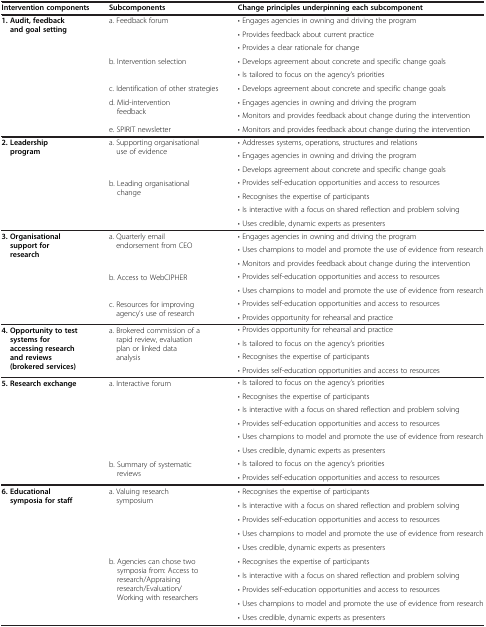
<table><thead><tr><td><b>Intervention components</b></td><td><b>Subcomponents</b></td><td><b>Change principles underpinning each subcomponent</b></td></tr></thead><tbody><tr><td rowspan="9"><b>1. Audit, feedback and goal setting</b></td><td rowspan="3">a. Feedback forum</td><td>• Engages agencies in owning and driving the program</td></tr><tr><td>• Provides feedback about current practice</td></tr><tr><td>• Provides a clear rationale for change</td></tr><tr><td rowspan="2">b. Intervention selection</td><td>• Develops agreement about concrete and specific change goals</td></tr><tr><td>• Is tailored to focus on the agency’s priorities</td></tr><tr><td>c. Identification of other strategies</td><td>• Develops agreement about concrete and specific change goals</td></tr><tr><td rowspan="2">d. Mid-intervention feedback</td><td>• Engages agencies in owning and driving the program</td></tr><tr><td>• Monitors and provides feedback about change during the intervention</td></tr><tr><td>e. SPIRIT newsletter</td><td>• Monitors and provides feedback about change during the intervention</td></tr><tr><td rowspan="7"><b>2. Leadership program</b></td><td rowspan="3">a. Supporting organisational use of evidence</td><td>• Addresses systems, operations, structures and relations</td></tr><tr><td>• Engages agencies in owning and driving the program</td></tr><tr><td>• Develops agreement about concrete and specific change goals</td></tr><tr><td rowspan="4">b. Leading organisational change</td><td>• Provides self-education opportunities and access to resources</td></tr><tr><td>• Recognises the expertise of participants</td></tr><tr><td>• Is interactive with a focus on shared reflection and problem solving</td></tr><tr><td>• Uses credible, dynamic experts as presenters</td></tr><tr><td rowspan="7"><b>3. Organisational support for research</b></td><td rowspan="3">a. Quarterly email endorsement from CEO</td><td>• Engages agencies in owning and driving the program</td></tr><tr><td>• Uses champions to model and promote the use of evidence from research</td></tr><tr><td>• Monitors and provides feedback about change during the intervention</td></tr><tr><td rowspan="2">b. Access to WebCIPHER</td><td>• Provides self-education opportunities and access to resources</td></tr><tr><td>• Uses champions to model and promote the use of evidence from research</td></tr><tr><td rowspan="2">c. Resources for improving agency’s use of research</td><td>• Provides self-education opportunities and access to resources</td></tr><tr><td>• Provides opportunity for rehearsal and practice</td></tr><tr><td rowspan="4"><b>4. Opportunity to test systems for accessing research and reviews (brokered services)</b></td><td rowspan="4">a. Brokered commission of a rapid review, evaluation plan or linked data analysis</td><td>• Provides opportunity for rehearsal and practice</td></tr><tr><td>• Is tailored to focus on the agency’s priorities</td></tr><tr><td>• Recognises the expertise of participants</td></tr><tr><td>• Provides self-education opportunities and access to resources</td></tr><tr><td rowspan="8"><b>5. Research exchange</b></td><td rowspan="6">a. Interactive forum</td><td>• Is tailored to focus on the agency’s priorities</td></tr><tr><td>• Recognises the expertise of participants</td></tr><tr><td>• Is interactive with a focus on shared reflection and problem solving</td></tr><tr><td>• Provides self-education opportunities and access to resources</td></tr><tr><td>• Uses champions to model and promote the use of evidence from research</td></tr><tr><td>• Uses credible, dynamic experts as presenters</td></tr><tr><td rowspan="2">b. Summary of systematic reviews</td><td>• Is tailored to focus on the agency’s priorities</td></tr><tr><td>• Provides self-education opportunities and access to resources</td></tr><tr><td rowspan="10"><b>6. Educational symposia for staff</b></td><td rowspan="5">a. Valuing research symposium</td><td>• Recognises the expertise of participants</td></tr><tr><td>• Is interactive with a focus on shared reflection and problem solving</td></tr><tr><td>• Provides self-education opportunities and access to resources</td></tr><tr><td>• Uses champions to model and promote the use of evidence from research</td></tr><tr><td>• Uses credible, dynamic experts as presenters</td></tr><tr><td rowspan="5">b. Agencies can chose two symposia from: Access to research/Appraising research/Evaluation/Working with researchers</td><td>• Recognises the expertise of participants</td></tr><tr><td>• Is interactive with a focus on shared reflection and problem solving</td></tr><tr><td>• Provides self-education opportunities and access to resources</td></tr><tr><td>• Uses champions to model and promote the use of evidence from research</td></tr><tr><td>• Uses credible, dynamic experts as presenters</td></tr></tbody></table>